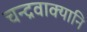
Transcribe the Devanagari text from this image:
चन्द्रवाक्यानि